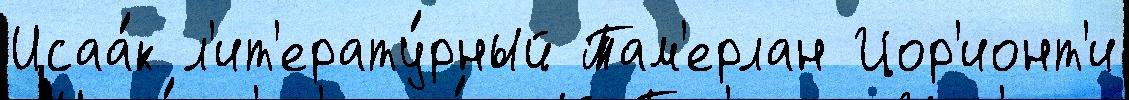
Исаа́к л'ит'ерату́рный Там'ерлан Цор'ионт'и